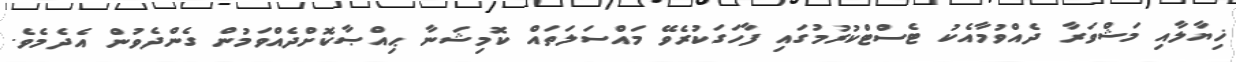
ޚިޔާލާއި މަޝްވަރާ ދެއްވުމާއެކު ޓެސްޓްކުރުމުގައި ފާހަގަކުރެވޭ މައްސަލަތައް ކޮމިޝަނާ ޙިއްޞާކޮށްދެއްވަމުން ގެންދެވުން އެދެމެވެ.